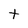
Character: t